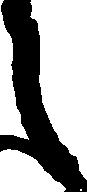
之